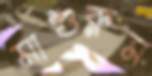
মাশুরুম